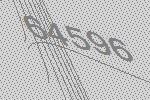
64596